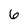
Character: 6